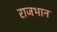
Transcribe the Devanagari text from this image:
राजभान